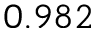
0 . 9 8 2